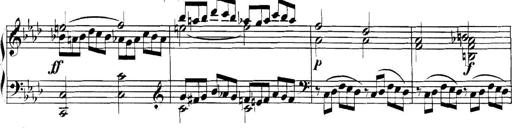
Title: Collected Piano Sonatas
Composer: Muzio Clementi